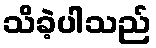
သိခဲ့ပါသည်